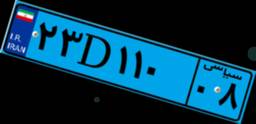
۲۳D۱۱۰۰۸